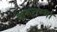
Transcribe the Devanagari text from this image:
करुत्तम्मा